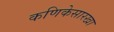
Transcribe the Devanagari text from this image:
कणिकेसारखा